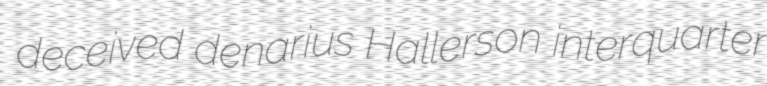
deceived denarius Hallerson interquarter